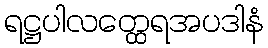
ရဋ္ဌပါလတ္ထေရအပဒါနံ